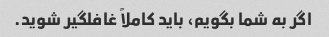
اگر به شما بگویم، باید کاملاً غافلگیر شوید.